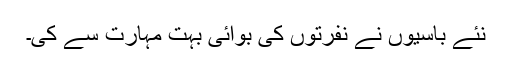
نئے باسیوں نے نفرتوں کی بوائی بہت مہارت سے کی۔